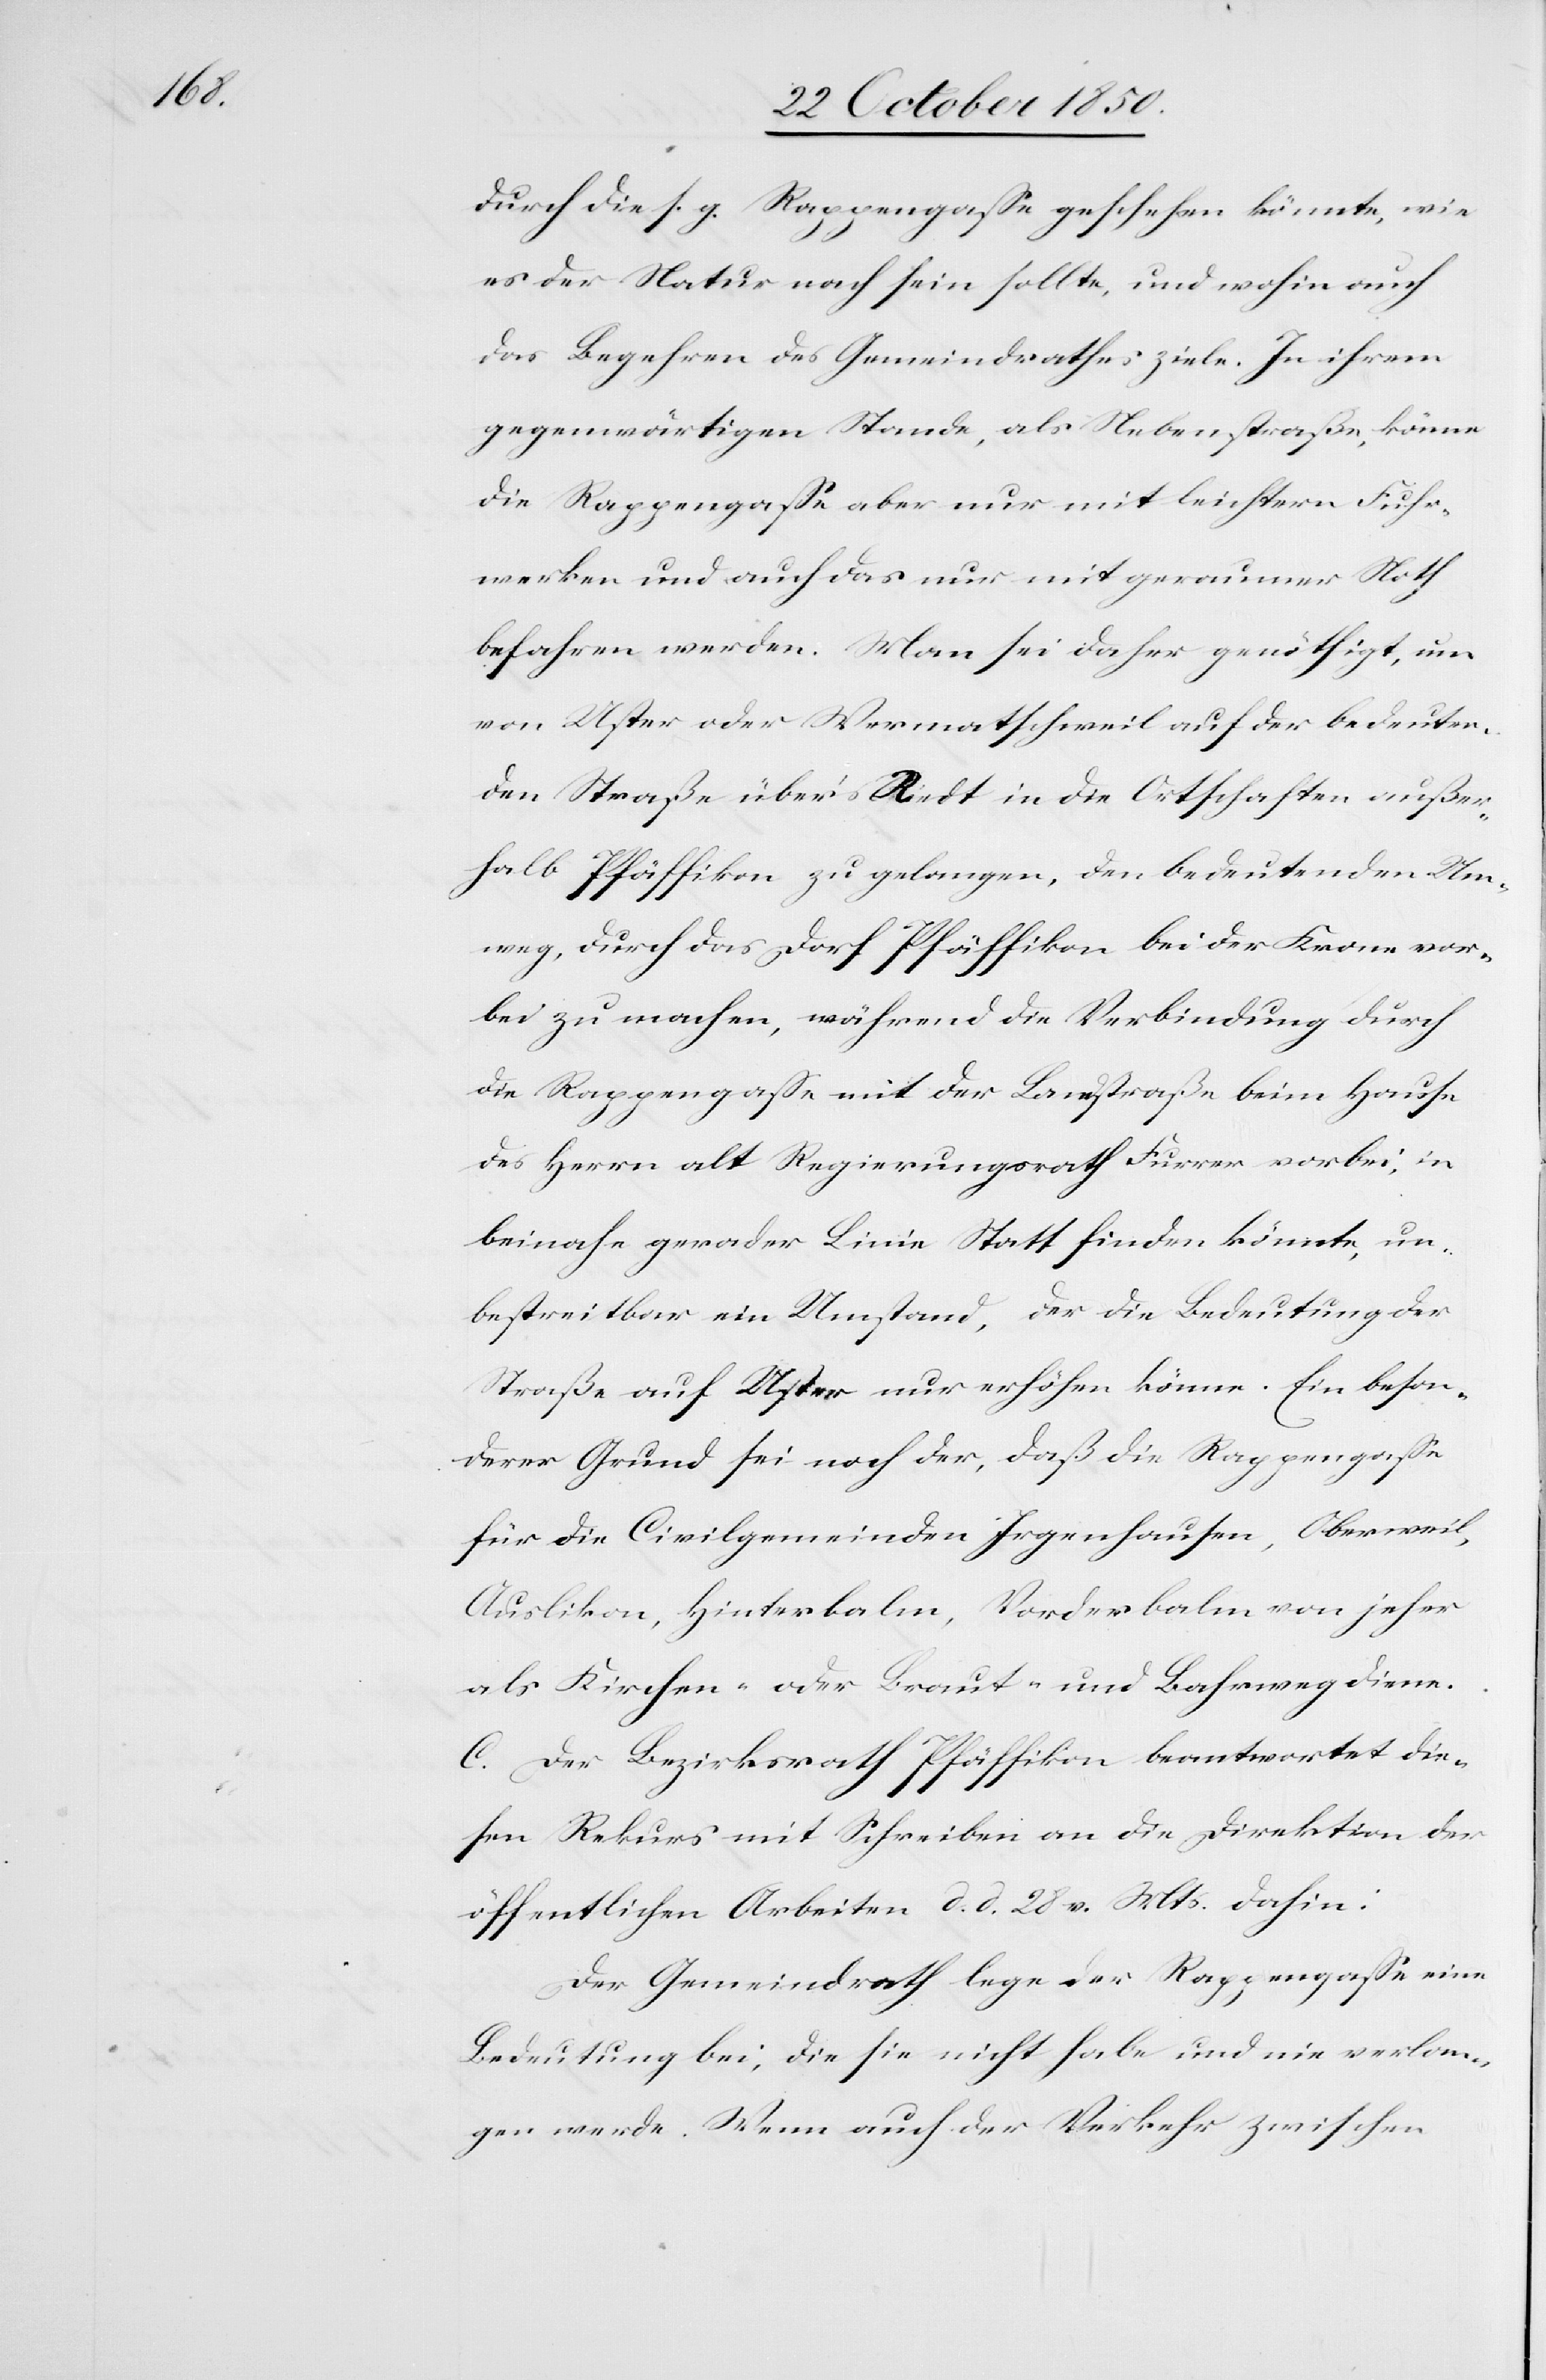
durch die s. g. Rappengasse geschehen könnte, wie
es der Natur nach sein sollte, und wohin auch
das Begehren des Gemeindrathes ziele. In ihrem
gegenwärtigen Stande, als Nebenstraße, könne
die Rappengasse aber nur mit leichtern Fuhr¬
werken und auch das nur mit geraumer Noth
befahren werden. Man sei daher genöthigt, um
von Uster oder Wermatschweil auf der bedeuten¬
den Straße über’s Riedt in die Ortschaften außer¬
halb Pfäffikon zu gelangen, den bedeutenden Um¬
weg, durch das Dorf Pfäffikon bei der Krone vor¬
bei zu machen, während die Verbindung durch
die Rappengasse mit der Landstraße beim Hause
des Herrn alt Regierungsrath Furrer vorbei, in
beinahe gerader Linie Statt finden könnte, un¬
bestreitbar ein Umstand, der die Bedeutung der
Straße auf Uster nur erhöhen könne. Ein beson¬
derer Grund sei noch der, daß die Rappengasse
für die Civilgemeinden Irgenhausen, Oberweil,
Auslikon, Hinterbalm, Vorderbalm von jeher
als Kirchen- oder Braut- und Bahrweg diene.
C. Der Bezirksrath Pfäffikon beantwortet die¬
sen Rekurs mit Schreiben an die Direktion der
öffentlichen Arbeiten d. d. 28 v. Mts. dahin:
Der Gemeindrath lege der Rappengasse eine
Bedeutung bei, die sie nicht habe und nie verlan¬
gen werde. Wenn auch der Verkehr zwischen